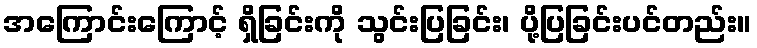
အကြောင်းကြောင့် ရှိခြင်းကို သွင်းပြခြင်း၊ ပို့ပြခြင်းပင်တည်း။